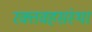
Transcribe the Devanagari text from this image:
रक्तवहसंस्था